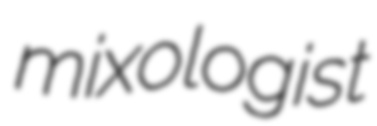
mixologist